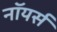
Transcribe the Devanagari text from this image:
नॉयर्स